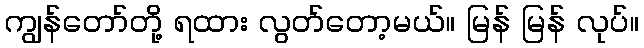
ကျွန်တော်တို့ ရထား လွတ်တော့မယ်။ မြန် မြန် လုပ်။